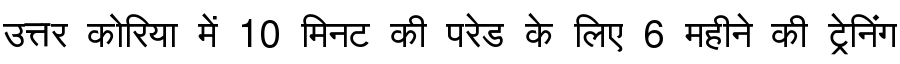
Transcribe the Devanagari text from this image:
उत्तर कोरिया में 10 मिनट की परेड के लिए 6 महीने की ट्रेनिंग